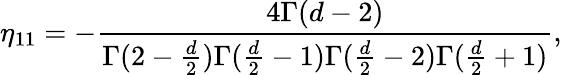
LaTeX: \eta_{11}=-{\frac{4\Gamma(d-2)}{\Gamma(2-{\frac{d}{2}})\Gamma({\frac{d}{2}}-1)\Gamma({\frac{d}{2}}-2)\Gamma({\frac{d}{2}}+1)}},